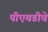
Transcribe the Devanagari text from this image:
पीएचडीचे